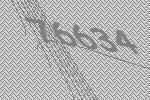
76634